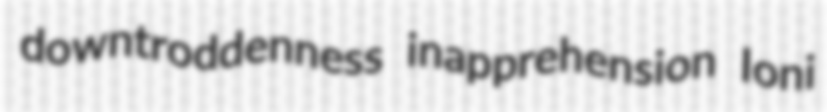
downtroddenness inapprehension Ioni